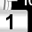
Digit: 1